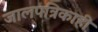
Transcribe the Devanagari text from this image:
जालपत्रिकाही